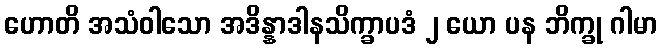
ဟောတိ အသံဝါသော အဒိန္နာဒါနသိက္ခာပဒံ ၂ ယော ပန ဘိက္ခု ဂါမာ